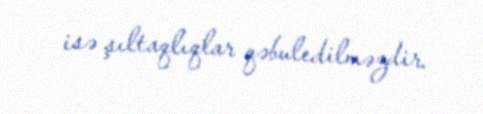
isə şıltaqlıqlar qəbuledilməzdir.